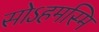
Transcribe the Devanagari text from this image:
सोऽहमस्मि